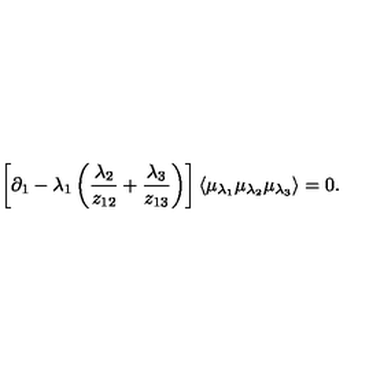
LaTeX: \left[ \partial _ { 1 } - \lambda _ { 1 } \left( \frac { \lambda _ { 2 } } { z _ { 1 2 } } + \frac { \lambda _ { 3 } } { z _ { 1 3 } } \right) \right] \langle \mu _ { \lambda _ { 1 } } \mu _ { \lambda _ { 2 } } \mu _ { \lambda _ { 3 } } \rangle = 0 .